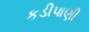
કડીપાણી